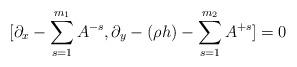
LaTeX: \begin{align*}[\partial_x-\sum_{s=1}^{m_1} A^{-s},\partial_y-(\rho h)-\sum_{s=1}^{m_2} A^{+s}]=0\end{align*}